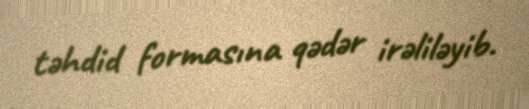
təhdid formasına qədər irəliləyib.